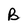
Character: B